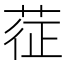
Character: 𦲵